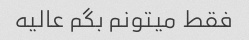
فقط میتونم بگم عالیه